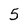
Character: 5